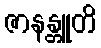
ဇာနန္တူတိ